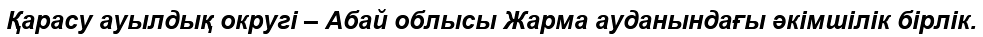
Қарасу ауылдық округі – Абай облысы Жарма ауданындағы әкімшілік бірлік.